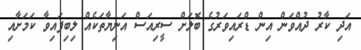
އަދި ކާރު ދުއްވަން އިން ޑްރައިވަރުގެ ބޮލަށް ސީރިއަސް އަނިޔާތަކެއް ލިބިފައިވާ ކަމަށާއި